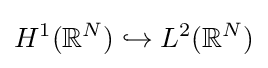
H^{1}(\mathbb {R} ^{N})\hookrightarrow L^{2}(\mathbb {R} ^{N})